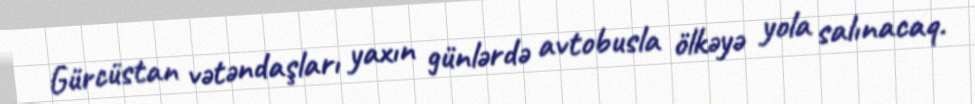
Gürcüstan vətəndaşları yaxın günlərdə avtobusla ölkəyə yola salınacaq.